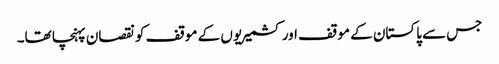
جس سے پاکستان کے موقف اور کشمیریوں کے موقف کو نقصان پہنچا تھا۔